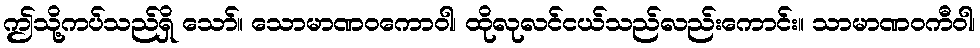
ဤသို့ကပ်သည်ရှိ သော်။ သောမာဏဝကောဝါ၊ ထိုလုလင်ငယ်သည်လည်းကောင်း။ သာမာဏဝကီဝါ၊